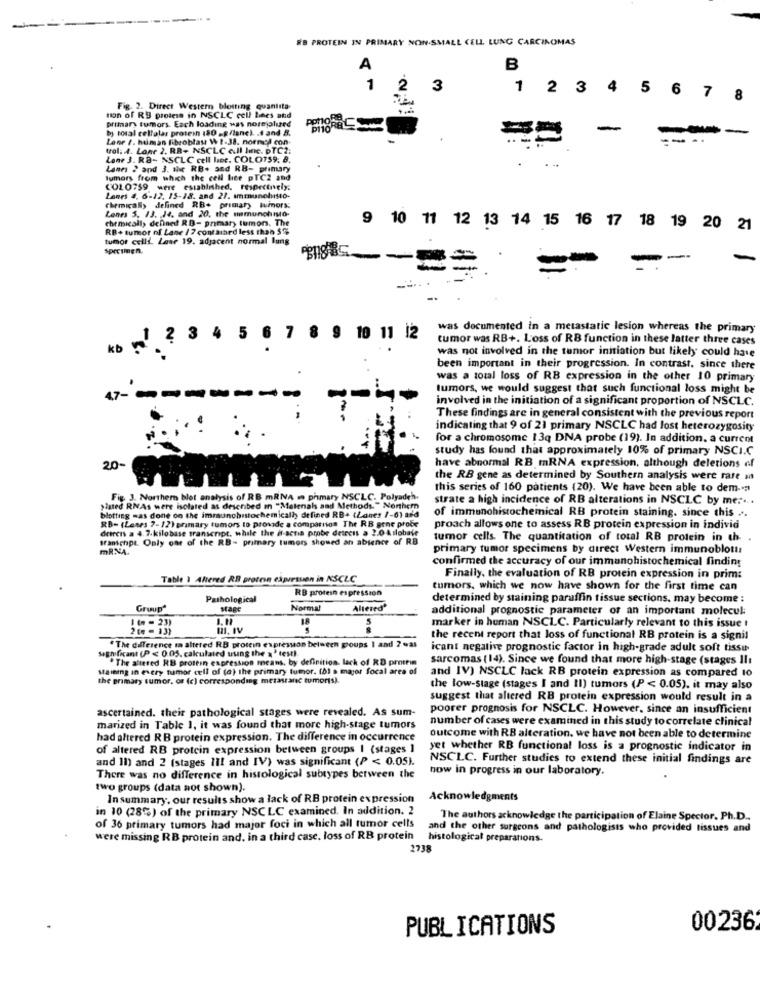
HB PROTEIN IN PRIMARY NON-SMALL CELL LUNG CARCINOMAS
A
B
1
2
3
1 2 3
4
5
6
7
8
Fig. 2. Direct Western blotting quantita
primary tumors. Each loading was norejolued
ton of R3 proless in NSCLC cell bees and
porose
by total cellolar protein (80 -g/lanc). . 1 and B.
-
Lane /. human fibroblas W 1-38. normed con-
- .
trol. A. Lone 2. RR- NSCLC cull hne. DTC2:
Lone 3. RB- NSCLC cell bec. COLO759. 8.
Lane 2 and 3. the RB- and RB- primary
tumors from which the cell lee pTCZ and
COLO759 were established, respectively:
Lanes 4. 6-12. 15-18. and 27. immunohisto-
chemically defined RB- primary tumors:
chemically defined RB- primary tumors. The
Lenes 5. 13. 14. and 20. the nemunohisto-
9 10 11 12 13 14 15 16 17
18
RB+ tumor nf Lane / 7 contained less than 55;
19 20 21
tumor celli. Laae 19. adjacent normal lung
specimen.
--
5
was documented in a metastatic lesion whereas the primary
2
6 7
8
10 11 12
tumor was RB+. Loss of RB function in these latter three cases
kb
was not involved in the tumor initiation but likely could have
been important in their progression. In contrast. since there
was a total loss of RB expression in the other 10 primary
tumors, we would suggest that such functional loss might be
47-
----
involved in the initiation of a significant proportion of NSCLC.
These findings are in general consistent with the previous report
indicating that 9 of 21 primary NSCLC had lost heterozygosity
for a chromosome 13q DNA probe (19). In addition. a current
study has found that approximately 10% of primary NSCI.C
20
have abnormal RB.mRNA expression, although deletions of
the RB gene as determined by Southern analysis were rare st
this series of 160 patients (20). We have been able to dem -- >
Fig. 3. Northern blot analysis of RB mRNA w phmary NSCLC. Polyadeh.
strate a high incidence of RB alterations in NSCLC by me ... .
>inted RNAs were isolated as described in "Malenals and Methods." Nonthem
of immunohistochemical RB protein staining. since this ...
blotting mas done on the immunohistochemicalhy defined RB+ (Zanes 7-6) add
RB- (Lewes 7-12) primary tumors to provide a comparison The RB gene probe
deircis a 4. 7.kilobase transcript, while the it-acta probe detreis a 2.0 Ailobafe
proach allows one to assess RB protein expression in individ
Branchpt. Only one of the RB- primary tumors showed an absence of RB
tumor cells. The quantitation of total RB protein in ch-
MRNA
primary tumor specimens by direct Western immunoblott
confirmed the accuracy of our immanohistochemical finding
Table 1 Ahered RB protein expression in NSCLC
Finally, the evaluation of RB protein expression in prim:
RB protein espression
tumors, which we now have shown for the first time can
Pathological
determined by staining paraffin tissue sections, may become :
Groupª
stage
Normal
Altered'
additional prognostic parameter or an important molecul:
1 ( - 23)
18
2 to - 13)
MI. IV
5
marker in human NSCLC. Particularly relevant to this issue t
"The difference m altered RB protein expresson belaten groups I and ? was
the recent report that loss of functional RB protein is a signil
significant (P < 0.05. calculated using the x ' test)
icant negative prognostic factor in high-grade adult soft tissu
"The aftered RB protein expression means, by definition. lack of RD protein
sarcomas (14). Since we found that more high-stage (stages Il:
staining in every tumor cell of (a) the primary tumor. (0) a major focal area of
and IV) NSCLC lack RB protein expression as compared to
the primary tumor, or (c) corresponding metasand tumoris).
the low-stage (stages I and II) tumors (P < 0.05). it may also
suggest that altered RB protein expression would result in a
ascertained. their pathological stages were revealed. As sum-
poorer prognosis for NSCLC. However, since an insufficient
number of cases were examined in this study to correlate clinical
marized in Table 1, it was found that more high-stage tumors
had altered RB protein expression. The difference in occurrence
outcome with RB alteration. we have not been able to determine
of altered RB protein expression between groups I (stages ]
yet whether RB functional loss is a prognostic indicator in
and I1) and 2 (stages Il! and IV) was significant (P < 0.05).
NSCLC. Further studies to extend these initial findings are
how in progress in our laboratory.
There was no difference in histological subtypes between the
two groups (data not shown).
In summary, our results show a lack of RB protein expression
Acknowledgments
in 10 (28%) of the primary NSCLC examined. In addition. 2
The authors acknowledge the participation of Elaine Spector. Ph.D ..
of 36 primary tumors had major foci in which all tumor cells
and the other surgeons and pathologists who provided tissues and
were missing RB protein and. in a third casc. loss of RB protein
histological preparations.
2738
PUBLICATIONS
00236